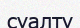
суалту